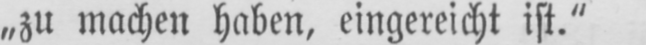
„zu machen haben, eingereicht ist.“